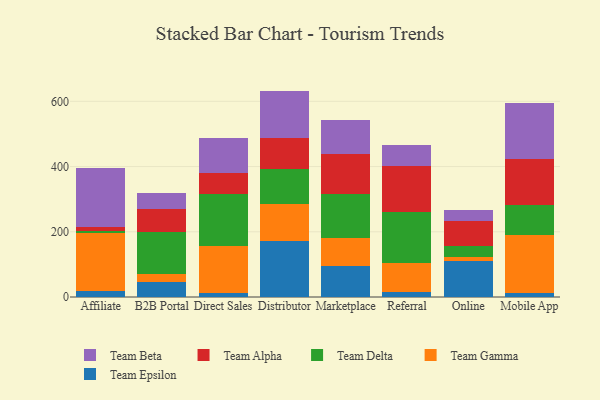
{"axis": {"x": "Channel", "y": "Backlog"}, "legend": ["Team Alpha", "Team Beta", "Team Delta", "Team Epsilon", "Team Gamma"], "data": [{"x": "Affiliate", "y": 17.9, "type": "Team Epsilon"}, {"x": "Affiliate", "y": 178.2, "type": "Team Gamma"}, {"x": "Affiliate", "y": 6.3, "type": "Team Delta"}, {"x": "Affiliate", "y": 12.5, "type": "Team Alpha"}, {"x": "Affiliate", "y": 179.8, "type": "Team Beta"}, {"x": "B2B Portal", "y": 47.5, "type": "Team Epsilon"}, {"x": "B2B Portal", "y": 23.8, "type": "Team Gamma"}, {"x": "B2B Portal", "y": 127.0, "type": "Team Delta"}, {"x": "B2B Portal", "y": 71.5, "type": "Team Alpha"}, {"x": "B2B Portal", "y": 50.4, "type": "Team Beta"}, {"x": "Direct Sales", "y": 12.5, "type": "Team Epsilon"}, {"x": "Direct Sales", "y": 144.7, "type": "Team Gamma"}, {"x": "Direct Sales", "y": 158.5, "type": "Team Delta"}, {"x": "Direct Sales", "y": 63.8, "type": "Team Alpha"}, {"x": "Direct Sales", "y": 108.3, "type": "Team Beta"}, {"x": "Distributor", "y": 170.8, "type": "Team Epsilon"}, {"x": "Distributor", "y": 114.8, "type": "Team Gamma"}, {"x": "Distributor", "y": 106.9, "type": "Team Delta"}, {"x": "Distributor", "y": 95.5, "type": "Team Alpha"}, {"x": "Distributor", "y": 144.1, "type": "Team Beta"}, {"x": "Marketplace", "y": 94.1, "type": "Team Epsilon"}, {"x": "Marketplace", "y": 87.3, "type": "Team Gamma"}, {"x": "Marketplace", "y": 134.3, "type": "Team Delta"}, {"x": "Marketplace", "y": 122.4, "type": "Team Alpha"}, {"x": "Marketplace", "y": 103.5, "type": "Team Beta"}, {"x": "Referral", "y": 16.3, "type": "Team Epsilon"}, {"x": "Referral", "y": 89.4, "type": "Team Gamma"}, {"x": "Referral", "y": 155.3, "type": "Team Delta"}, {"x": "Referral", "y": 140.4, "type": "Team Alpha"}, {"x": "Referral", "y": 65.2, "type": "Team Beta"}, {"x": "Online", "y": 111.6, "type": "Team Epsilon"}, {"x": "Online", "y": 10.0, "type": "Team Gamma"}, {"x": "Online", "y": 34.3, "type": "Team Delta"}, {"x": "Online", "y": 76.7, "type": "Team Alpha"}, {"x": "Online", "y": 34.4, "type": "Team Beta"}, {"x": "Mobile App", "y": 12.8, "type": "Team Epsilon"}, {"x": "Mobile App", "y": 177.5, "type": "Team Gamma"}, {"x": "Mobile App", "y": 92.1, "type": "Team Delta"}, {"x": "Mobile App", "y": 139.6, "type": "Team Alpha"}, {"x": "Mobile App", "y": 171.6, "type": "Team Beta"}]}